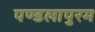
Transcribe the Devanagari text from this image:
पण्डलापुरम